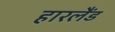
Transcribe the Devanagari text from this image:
हारलैंड